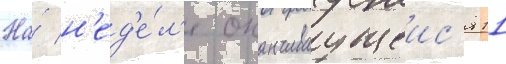
На́ н'ед'е́л'е оканчиваущеис'я 11